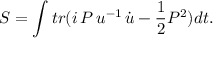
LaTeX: S = \int t r ( i \, P \, u ^ { - 1 } \, \dot { u } - \frac { 1 } { 2 } P ^ { 2 } ) d t .